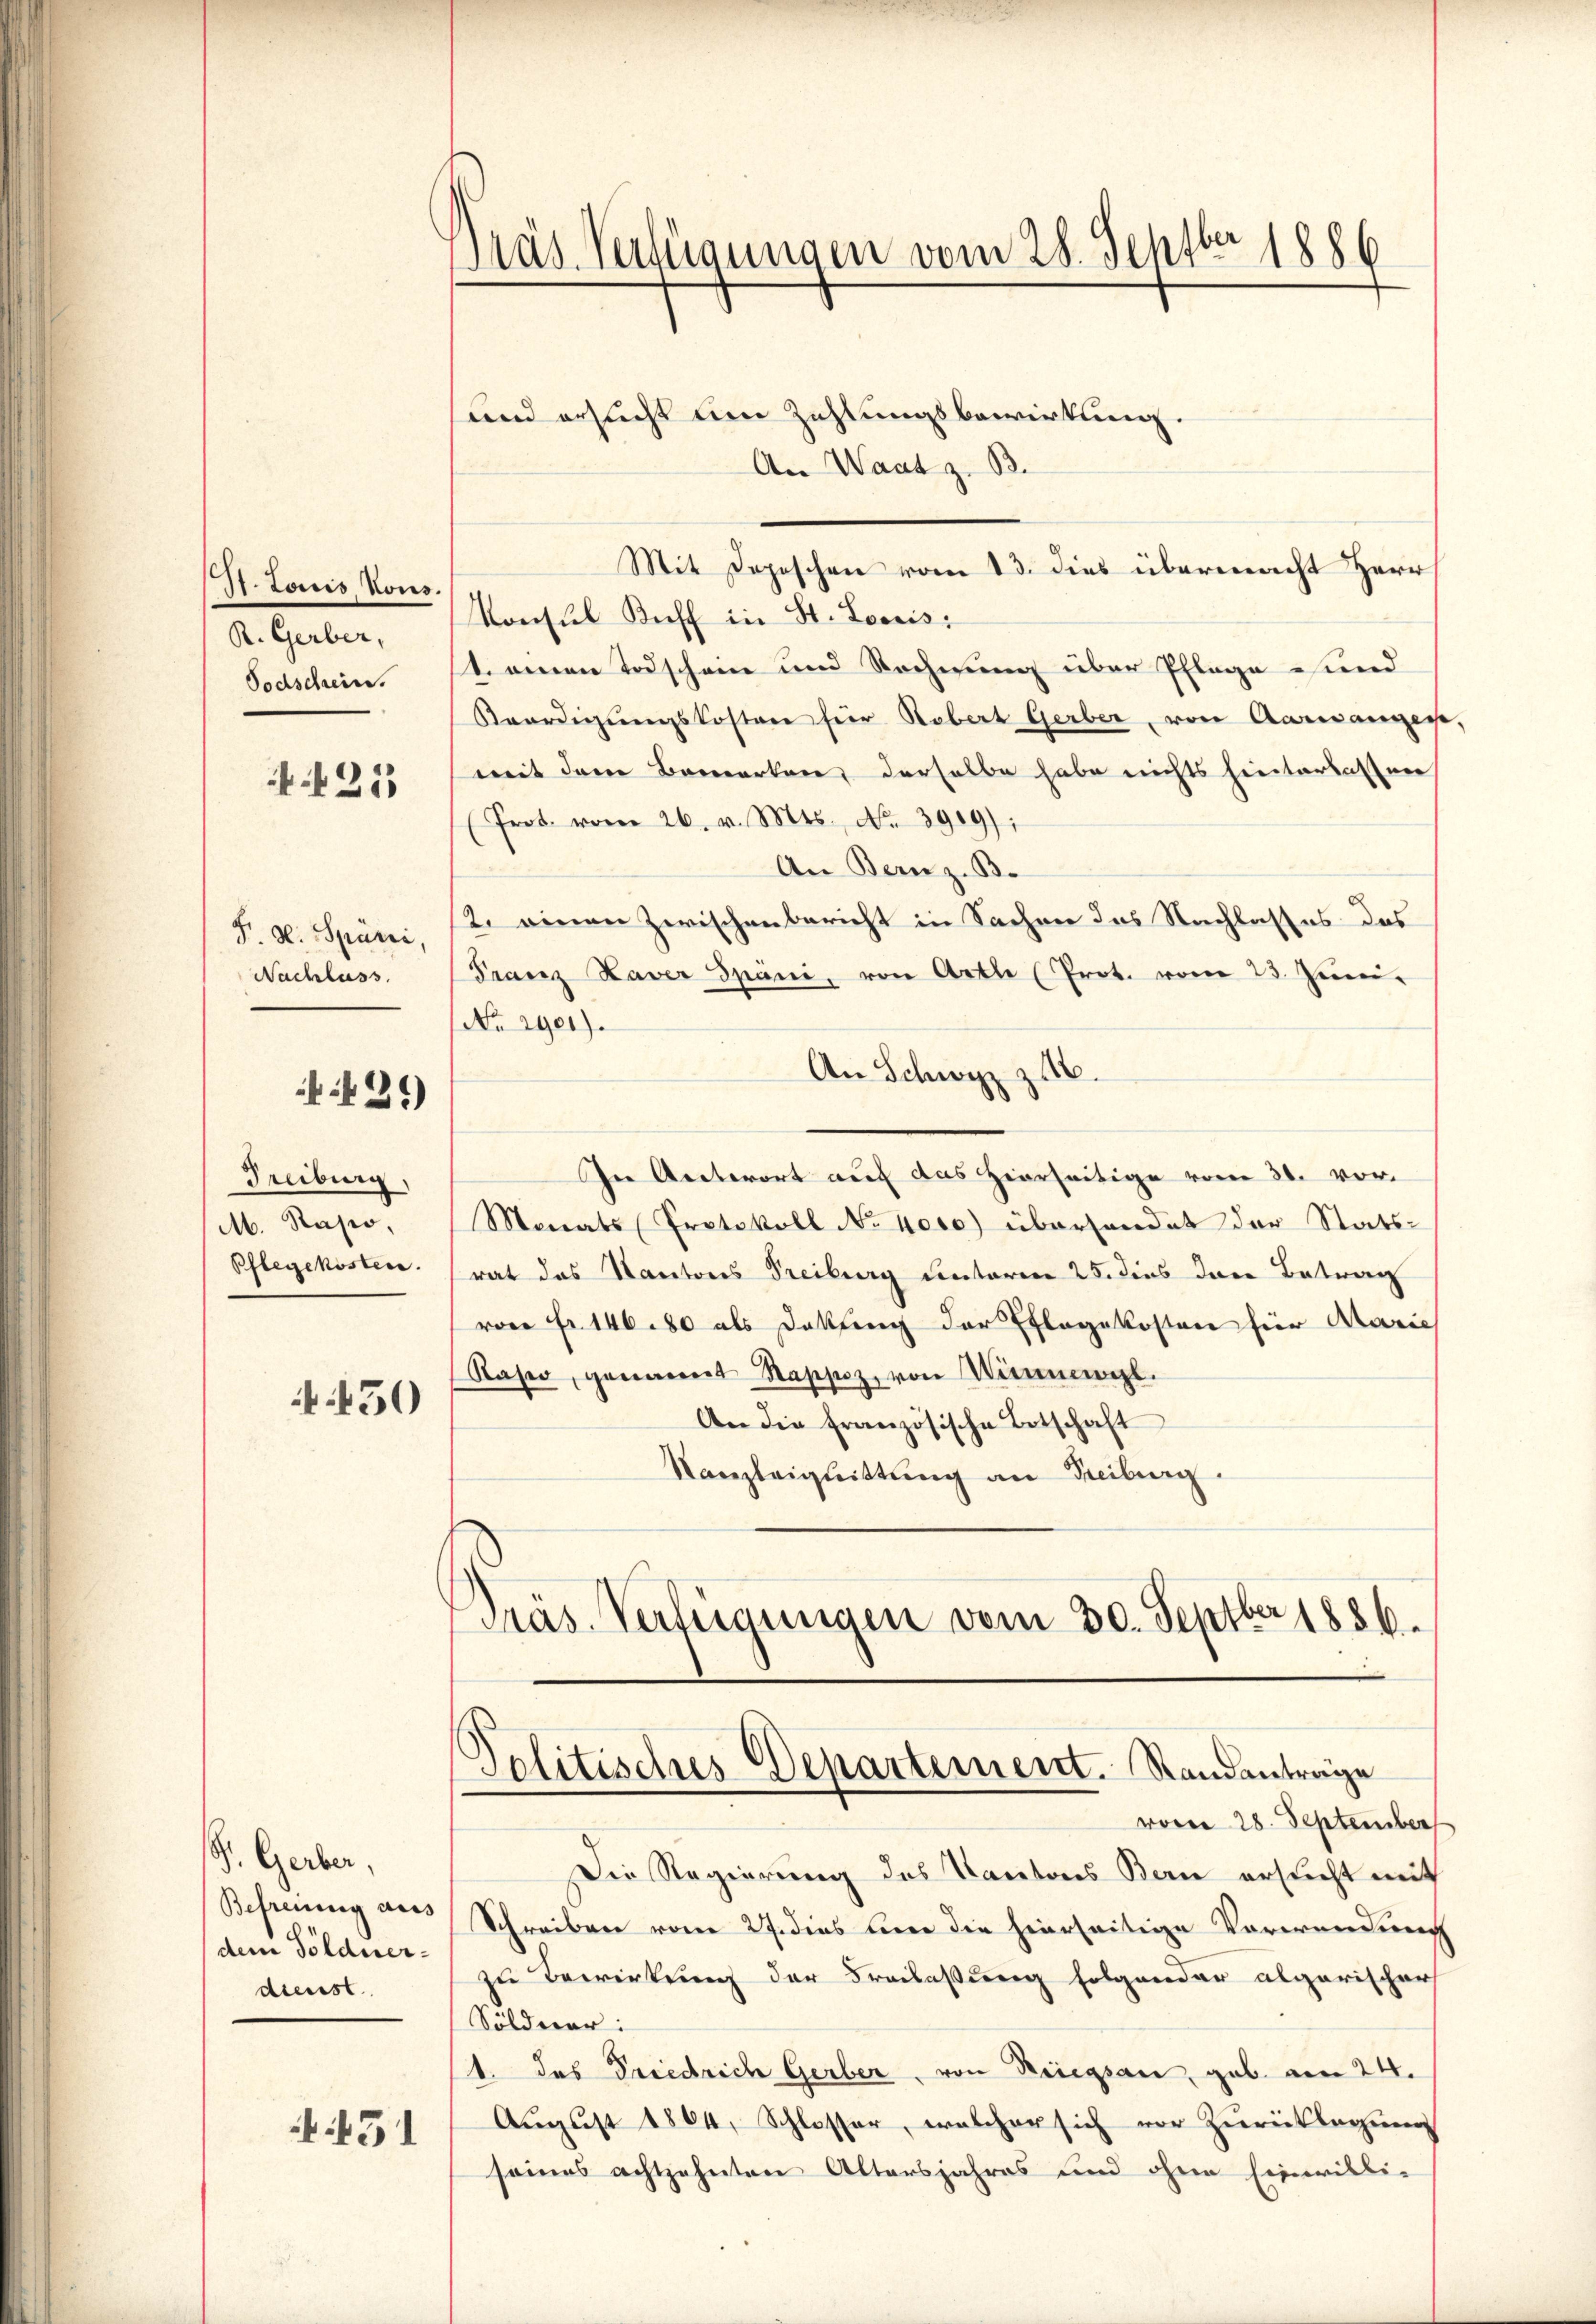
I. Louis vons.
R. Gerber,
Todschein.

N. 25

F. v. Spörri,
Nachluss.

429)

Treiburg,
M. Rasio,
Pflegekosten.

450

G. Gerber,
Befreiung aus
dem Söldnerdienst

451

Präs. Verfügungen vom 28. Septbr 1886

und ersucht um Zahlungsbewirkung.
An Waat z. B.
Mit Depeschen vom 13. dies übermacht Herr
Konsul Brieff in St. Louis
t. einen Todschein und Rechnung über Pflege und
Beerdigŭngskosten für Robert Gerber, von Aarwangere,
mit dem Bemerken, derselbe habe nichts hinterlassen
(Prot. vom 26. v. Mts. No. 3909):
An Bern z. B.
2. einen Zwischenbericht in Sachen das Nachlasses des
Franz Xaver Spani, von Arth (Prot. vom 23. Juni.
No 1901).
An Schwyz z.
In Antwort auf das Hierseitige vom 30. vor.
Monats Protokoll No 4000) überhandet der Statsrat das Kantons Freiburg unterren 25. dies den Betrag
von Fr. 146 80 als Dekling der Pflegekosten für Marie
Kaser, genannt Rappoz, von Kinnewizl.
An die französische Botschaft
Kanzleignittŭng an Freiburg
Präs. Verfügungen vom 30. Septbr 1856.

Politisches Departement. Standanträge
vom 28. September

Die Regierung des Kantons Bern ersucht mit
Schreiben vom 27. dies hier die hierseitige Verwendung
in Bewirkung der Freilassung folgender algarischer
Söldner:
1. Das Friedrich Gerber, von Kriegsan, geb. am 24.
Aŭgŭst 1864, Schlosser, welcher sich vor Zŭrücklegung
seines achtzehnten Altersjahres und ohne Einwilli-